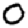
Digit: 0